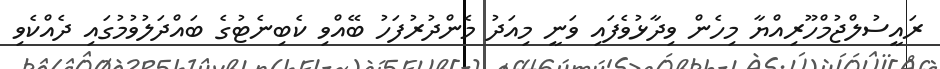
ރައީސުލްޖުމްހޫރިއްޔާ މިހެން ވިދާޅުވެފައި ވަނީ މިއަދު މެންދުރުފަހު ބޭއްވި ކެބިނެޓުގެ ބައްދަލުވުމުގައި ދެއްކެވި